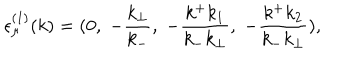
{ \epsilon } _ { \mu } ^ { ( 1 ) } ( k ) = ( 0 , \; - \frac { k _ { \bot } } { k _ { - } } , \; - \frac { k ^ { + } k _ { 1 } } { k _ { - } k _ { \bot } } , \; - \frac { k ^ { + } k _ { 2 } } { k _ { - } k _ { \bot } } ) ,